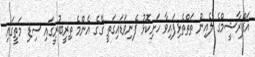
އަފްރާޝީމްގެ ލެއިން ތަތްތެޅިފައިވާ ހަށިކޮޅު ފެނިވަޑައިގަތީ ގޭގެ އެންމެ ތިރީބުރީގައި ސިޑި މަތީގައި